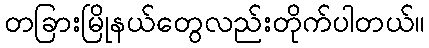
တခြားမြိုနယ်တွေလည်းတိုက်ပါတယ်။